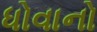
ધોવાનો